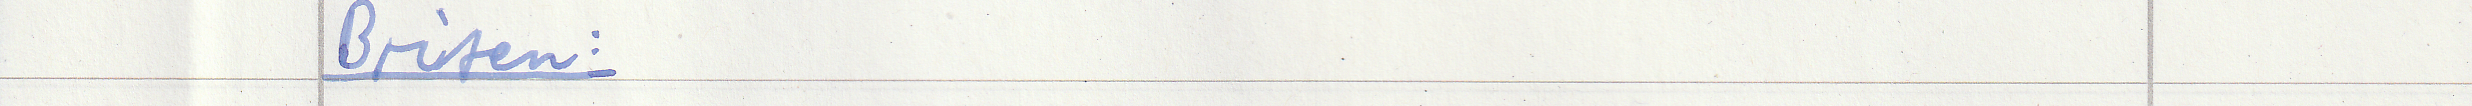
Briten: